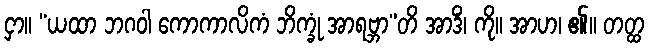
ငှာ။ “ယထာ ဘဂဝါ ကောကာလိကံ ဘိက္ခုံ အာရဗ္ဘာ”တိ အာဒိံ၊ ကို။ အာဟ၊ ၏။ တတ္ထ